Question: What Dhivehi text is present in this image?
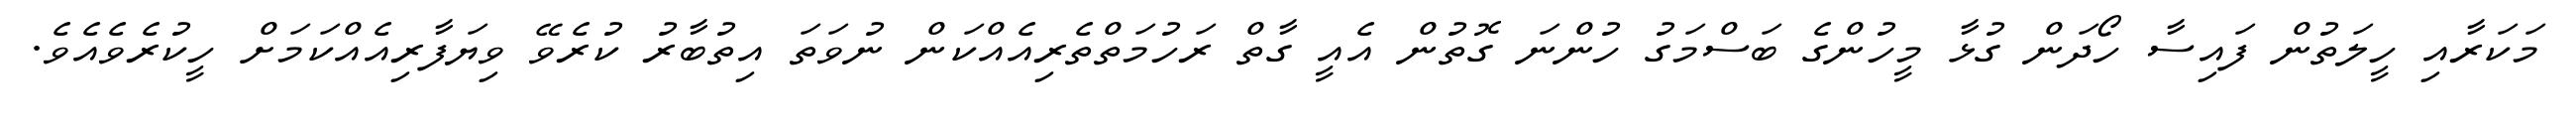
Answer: މަކަރާއި ހީލަތުން ފައިސާ ހޯދަން ގުޅާ މީހުންގެ ބަސްމަގު ހުންނަ ގޮތުން އެއީ ގާތް ރަހުމަތްތެރިއެއްކަން ނުވަތަ އިތުބާރު ކުރެވޭ ވިޔަފާރިއެއްކަމަށް ހީކުރެވެއެވެ.